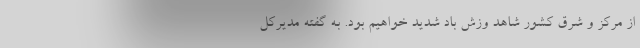
از مرکز و شرق کشور شاهد وزش باد شدید خواهیم بود. به گفته مدیرکل ‌